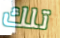
تلك